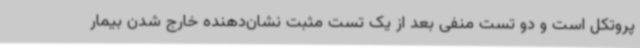
پروتکل است و دو تست منفی بعد از یک تست مثبت نشان‌دهنده خارج شدن بیمار